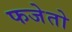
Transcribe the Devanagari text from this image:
फजेतो